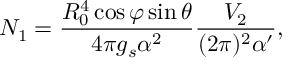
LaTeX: N _ { 1 } = \frac { R _ { 0 } ^ { 4 } \cos \varphi \sin \theta } { 4 \pi g _ { s } \alpha ^ { 2 } } \frac { V _ { 2 } } { ( 2 \pi ) ^ { 2 } \alpha ^ { \prime } } ,